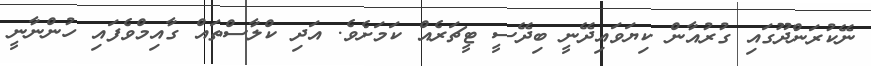
ނޭކުރަންދޫގައި ގުރުއާން ކިޔަވައިދޭނީ ބިދޭސީ ޓީޗަރެއް ކަމަށެވެ. އަދި ކްލާސްތައް ގާއިމްވެފައި ހުންނާނީ